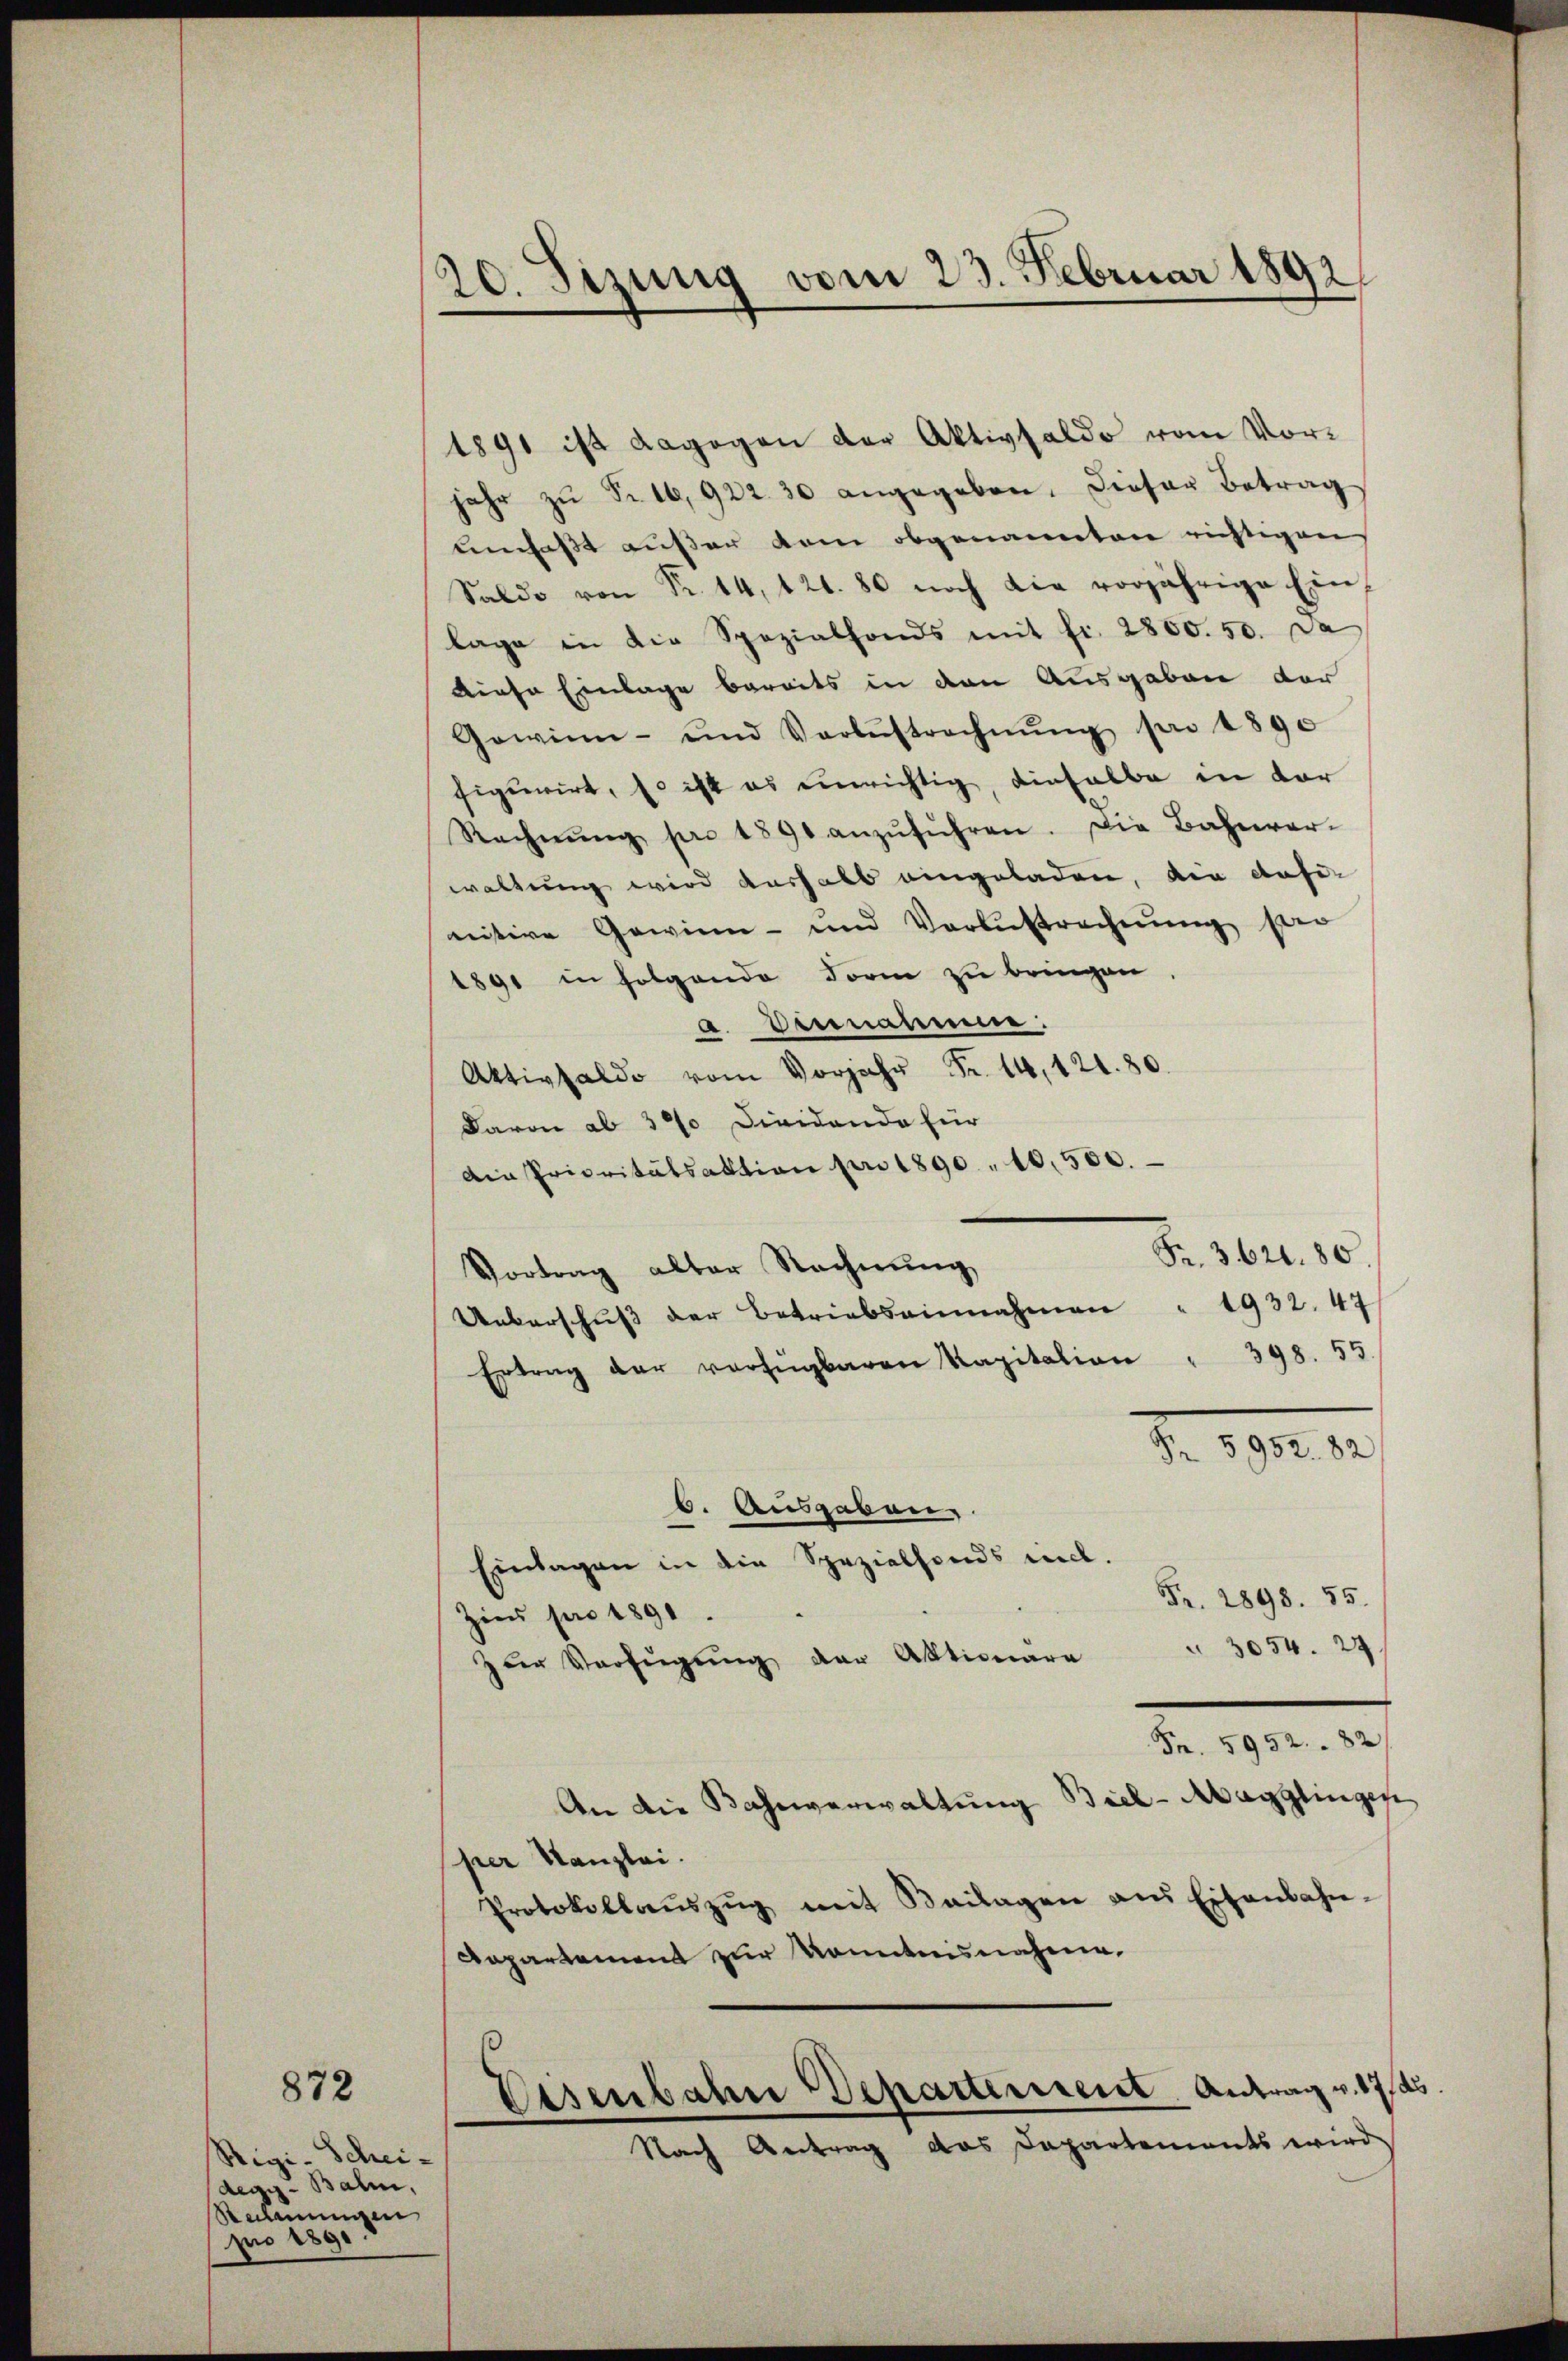
872

Rigi-Schei-
degg - Balin,
Rechnungen
pro 189

20. Sizung vom 23. Februar 1892
s

1891 ist dagegen der Aktivsaldo vom Vorjahr zŭ Fr. 16, 922. 30 angegeben. Dieser Betrag
umfaßt außer dem obgenannten richtigen
Saldo von Fr. 14, 121. 80 noch die vorjährige Ein-
lage in die Spezialfonds mit fr. 2800. 50. Da
Diese Einlage bereits in den Ausgaben der
Gewinn- und Vorbestrechnŭng pro 1890
figurirt, so ist es einrichtig, dieselbe in der
Rechnŭng pro 1890 anzŭführen. Die Bahnver-
waltung wird aushalb eingeladen, die auf
nitive Gewinn- und Verlustrechnung sei
1891 in folgende Form zu bringen,
a. Vermanne.
Aktivsaldo vom Vorjahr Fr. 14, 121. 80.
Davon ab 370 Dividando für
Die Prioritätsaktion pro 1890. 10,500.
Fr. 362. 80.
Vortrag alter Rechnung
Ueberschŭβ der Betriebsainnahmen " 1932. 47
Ertrag der verfügbaren Kapitation " 398. 55
Nr. 5952. 82
b. Ausgaben.
Einlagen in die Spezialfonds mit.
Fr. 2898. 55.
Zins pro 1891.
3054. 24.
zur Verfügung der Aktionare
Fr. 5952. 82
An die Bahnverwaltŭng Biel-Magglingen
per Kanzlei.
Protokollaŭszŭg mit Beilagen ans Eisenbahn-
Dapartement zur Kenntnisnahme.
Eisenbahn Departement Antrag v. 1715
Nach Antrag das Departements wird

e